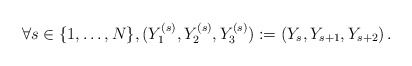
\begin{align*}\forall s\in\{1,\ldots,N\},(Y_{1}^{(s)},Y_{2}^{(s)},Y_{3}^{(s)}):=(Y_{s},Y_{s+1},Y_{s+2})\,.\end{align*}